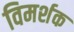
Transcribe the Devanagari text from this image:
विमर्शक